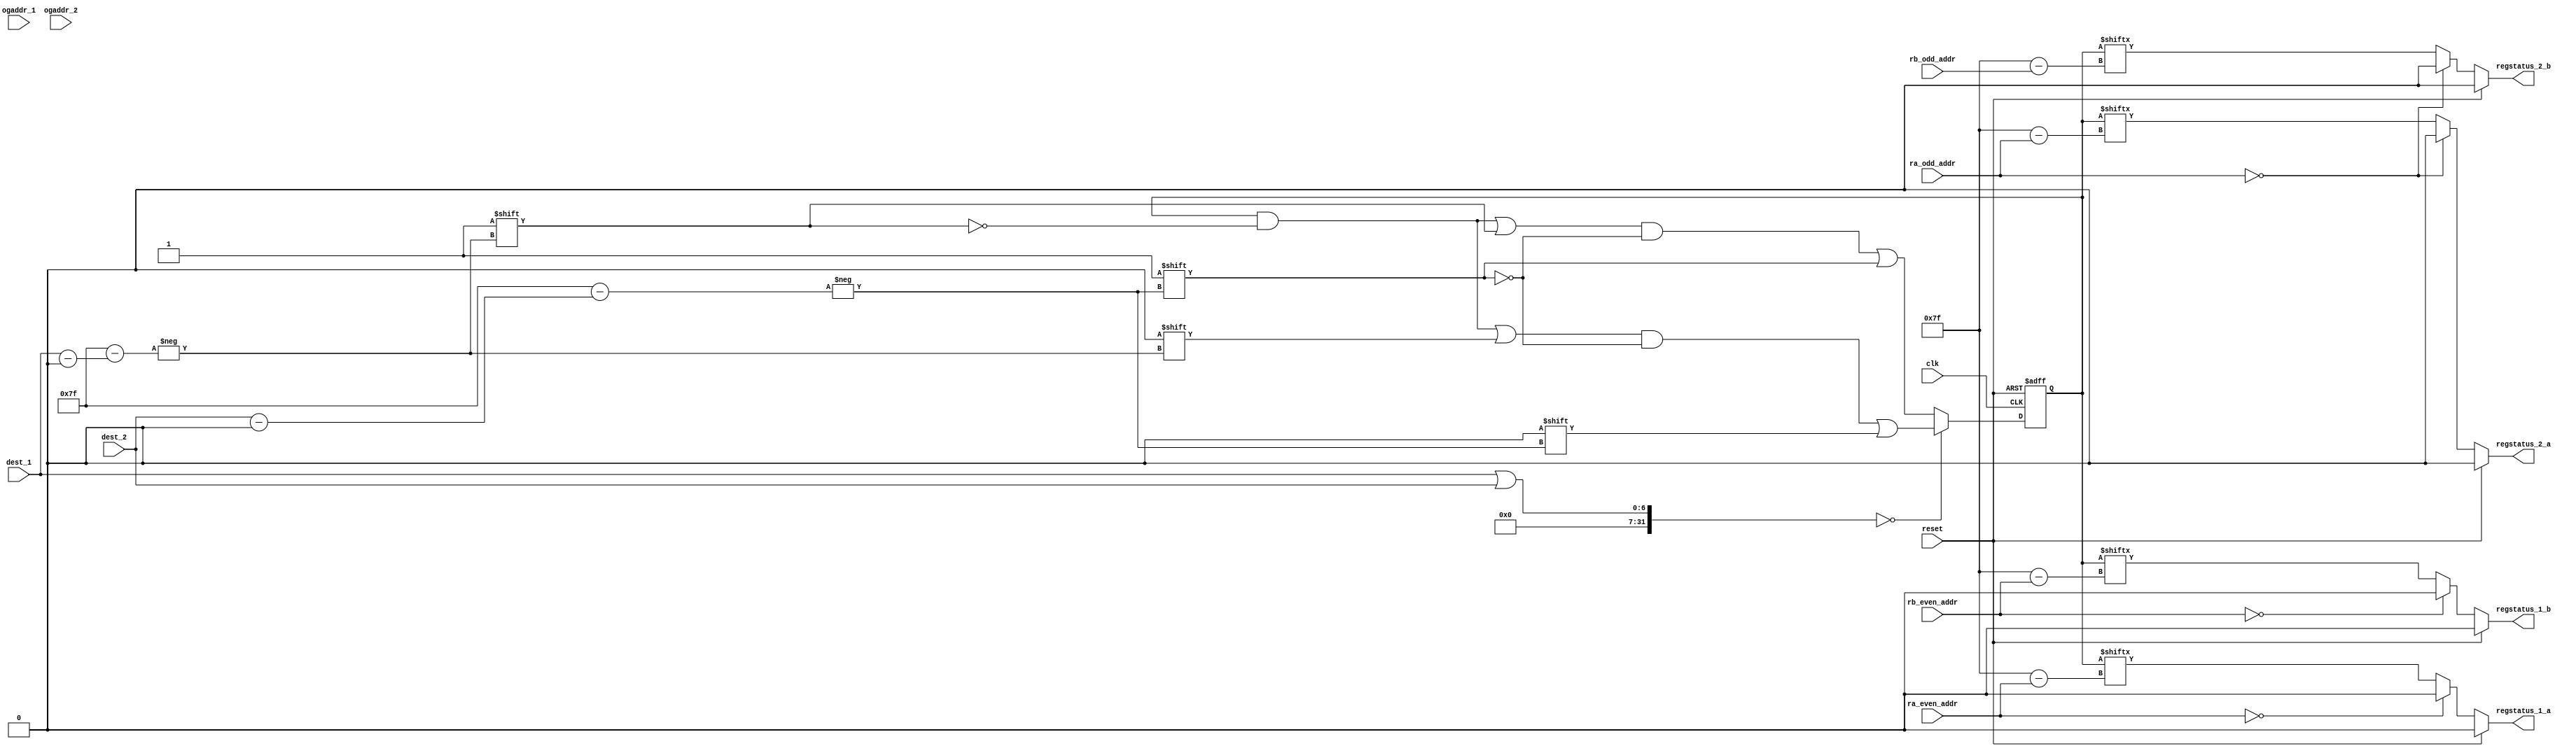
//LUT for dealing with RAW data hazards.
//A status 0 indicates its OK to issue any dependent instruction, status 1 indicates that the instruction can't be issued yet.

`timescale 1ns/10ps

module lut(  /*INPUTS*/clk, reset, 
	     ra_even_addr, rb_even_addr, // comes from even_pipe module (SPU_decode) 
	     ra_odd_addr, rb_odd_addr, // comes from odd_pipe module (SPU_decode)
             dest_1, // comes from even_pipe module rt address (SPU_decode) 
             dest_2, // comes from odd_pipe module rt address(SPU_decode) 
             ogaddr_1,//comes from writeback_even rt address output 
             ogaddr_2,//comes from writeback_odd rt address output 
             
	     /*OUTPUTS*/
	     regstatus_1_a, regstatus_1_b, regstatus_2_a,regstatus_2_b); // all outputs are used to check RAW hazards in top module
	     
input clk, reset;
input [0:6] ra_even_addr, rb_even_addr, ra_odd_addr, rb_odd_addr; //Addresses of the read registers to be checked for hazard
input [0:6] dest_1, dest_2; //Addresses for destination registers for both even and odd pipes
input [0:6] ogaddr_1, ogaddr_2; //Addresses that tell what was the original

output regstatus_1_a, regstatus_1_b, regstatus_2_a, regstatus_2_b;

//Declare the actual LUT here
reg [0:127] reglut,reglut_d;


assign regstatus_1_a = reset?0: ((ra_even_addr==0)?0:reglut[ra_even_addr]);
assign regstatus_2_a = reset?0:((ra_odd_addr==0)?0:reglut[ra_odd_addr]);
assign regstatus_1_b = reset?0:((rb_even_addr==0)?0:reglut[rb_even_addr]);
assign regstatus_2_b = reset?0:((ra_odd_addr==0)?0:reglut[rb_odd_addr]);

always @ (*) 
begin
  reglut[ogaddr_1] = 1'b0;
  reglut[ogaddr_2] = 1'b0;
  reglut = reglut_d;
end

always @ (posedge clk or posedge reset) 
begin
  if (reset) begin
  reglut_d <= 128'd0;
  end

  else 
  begin
  
  
    if((dest_1 | dest_2)==0) 
    begin
 	reglut_d[dest_1] <= 1'b0;
	reglut_d[dest_2] <= 1'b0;
    end

    else 
    begin
	reglut_d[dest_1] <= 1'b1;
	reglut_d[dest_2] <= 1'b1;
// 	$display ("reglut's %d and %d bit is set to 1  ", dest_1,dest_2);
    end
  end
end

endmodule